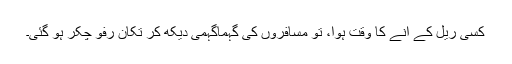
کسی ریل کے آنے کا وقت ہوا، تو مسافروں کی گہماگہمی دیکھ کر تکان رفو چکر ہو گئی۔